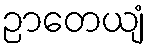
ဉာတေယျံ